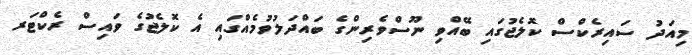
މިއަދު ސައިރެކްސް ކޮލެޖުގައި ބޭއްވި ނޫސްވެރިންގެ ބައްދަލުވުމެއްގައި އެ ކޮލެޖުގެ ވައިސް ރެކްޓަރ